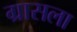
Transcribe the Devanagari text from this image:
ग्रासला